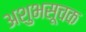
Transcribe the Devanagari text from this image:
अशुभसूचक